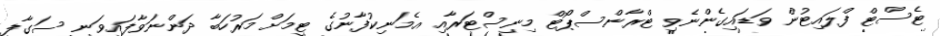
ޓެސްޓް ފްލައިޓުން ވަޑައިގެންނެވި ޓްރާންސްޕޯޓް މިނިސްޓަރާއި އެމަނިކުފާނުގެ ޓީމަށް މަރުހަބާ ދަންނަވާފައިވަނީ ސަގާފީ